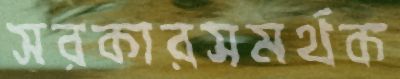
সরকারসমর্থক